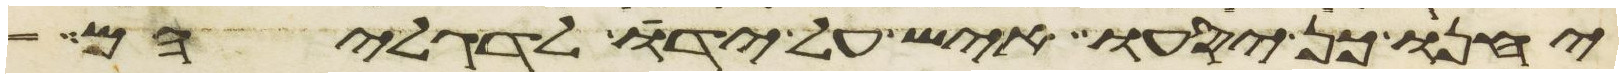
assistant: יחנו כן יסעו איש על ידו לדגליהם